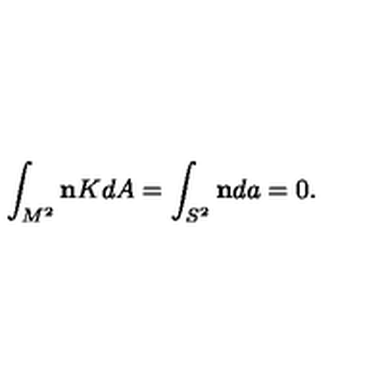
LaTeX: \int _ { M ^ { 2 } } { \bf n } K d A = \int _ { S ^ { 2 } } { \bf n } d a = 0 .